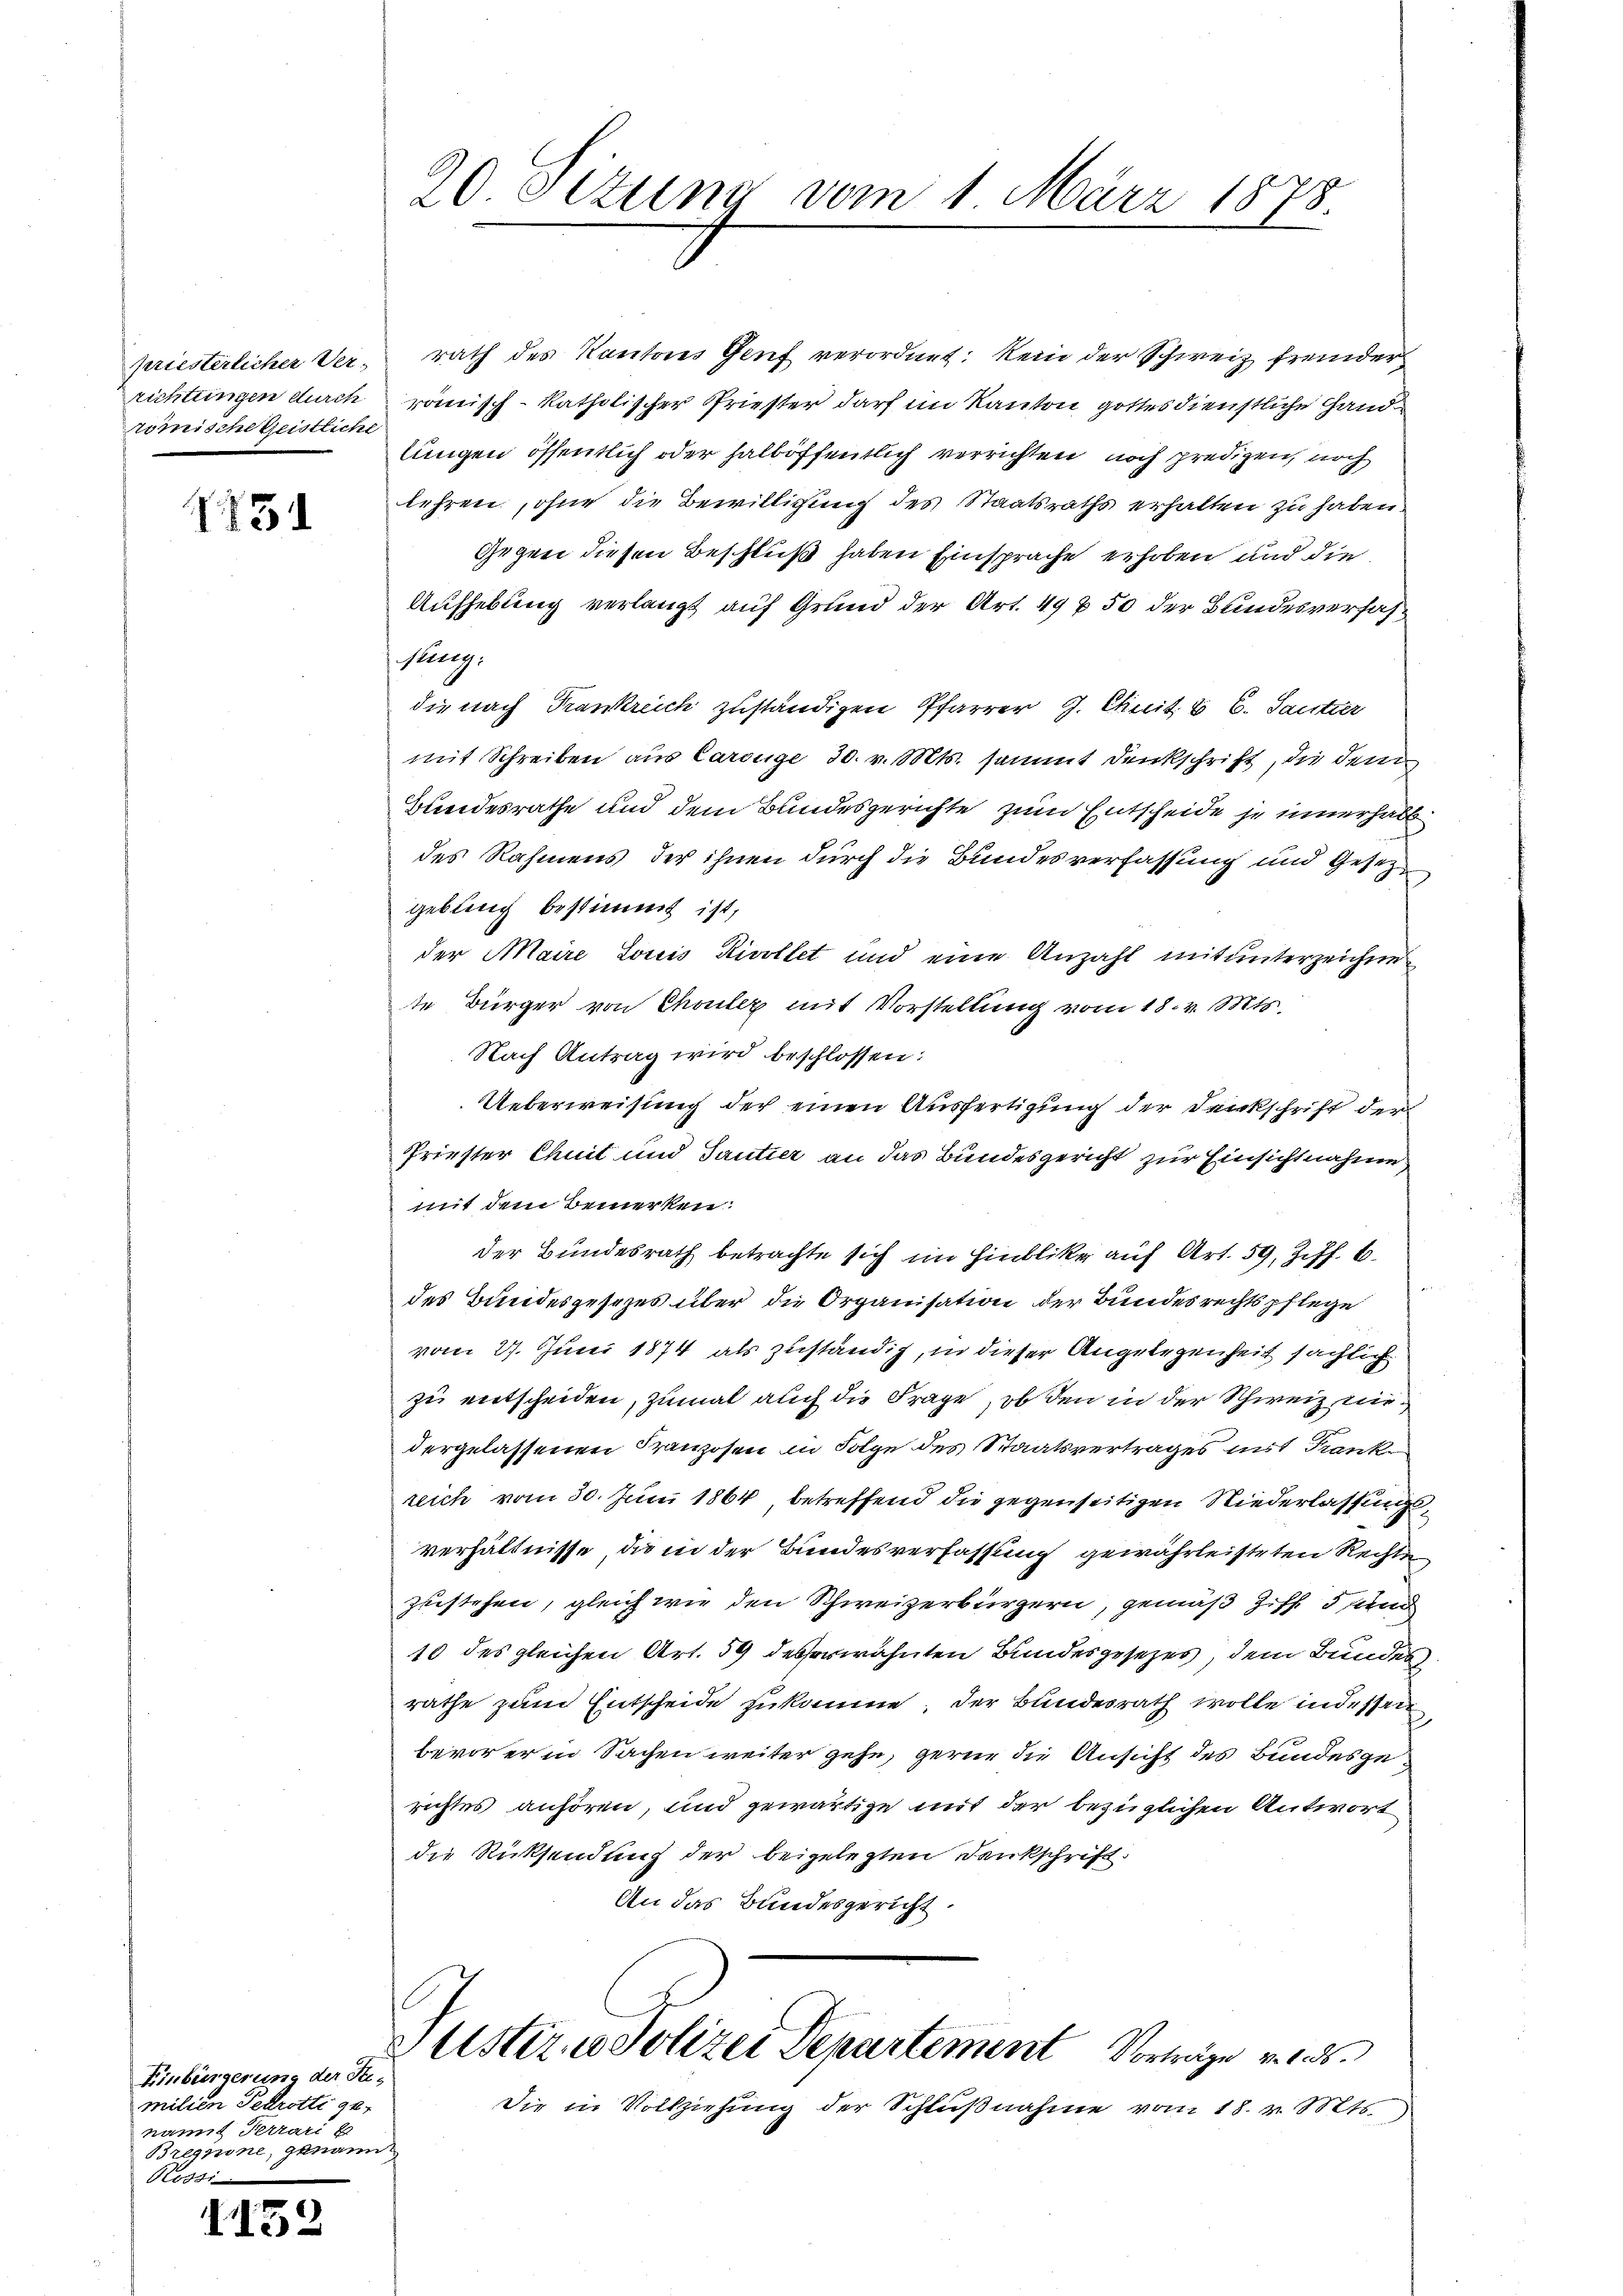
priesterlicher Ver-
richtungen durch
römische Geistliche

75

Einbürgerung der Jumilien Petrotte genannt Terrari be
Brenne, genann
Rossi

II52

20 Sizung vom 1. März 1878.

rath des Kantons Genf verordnet: Kein der Schweiz fremder
römisch-katholischer Priester darf im Kanton gottesdienstliche Handlungen öffentlich oder halböffentlich verrichten, noch predigen, noch
lehren, ohne die Bewilligung des Staatsraths erhalten zu haben.
Gegen diesen Beschluß haben Einsprache erhoben und die
Aufhebung verlangt auf Grund der Art. 49 f 50 der Bundesverfasstung:
die nach Frankreich zuständigen Pfarrer G. Chuit. B C. Santier
mit Schreiben aus Carouge, 30. v. Mts. sammt denkschrift, die dem
Bundesrathe und dem Bundesgerichte zum Entscheide je innerhalb
des Rahmens der ihnen durch die Bundesverfassung und Gesetz
gebung bestimmt ist,
der Maire Louis Rivollet und eine Anzahl mit unterzeichnete Bürger von Chouler mit Vorstellung vom 18. v. Mts.
Nach Antrag wird beschlossen:
Ueberweisung der einen Ausfertigung der Denkschrift der
Priester Chuit und Tantier an das Bundesgericht zur Einsichtnahme
mit dem Bemerken:
der Bundesrath betrachte sich im Hinblike auf Art. 59, Ziff. 6.
des Bundesgesezes über die Organisation der Bundesrechtspflege
vom 27. Juni 1874 als zuständig, in dieser Angelegenheit sächlich
zu entscheiden, zumal auch die Frage, ob den in der Schweiz niedergelassenen Franzosen in Folge des Staatsvertrages mit Franke
reich vom 30. Juni 1864 betreffend die gegenseitigen Niederlassung
verhältnisse, die in der Bundesverfassung gewährleisteten Rechte
zustehen, gleich wie den Schweizerbürgern, gemäß Ziff. 5 und
10 des gleichen Art. 59 desserwähnten Bundesgesezes, dem Bundesrathe zum Entscheide zukomme, der Bundesrath wolle indessen
bevor er in Sachen weiter gehe, gerne die Ansicht des Bundesgerichtes anhören, und gewärtige mit der bezüglichen Antwort
die Rücksendung der beigelegten Dankschrift.
An das Bundesgericht.
Justiz u. Polizei Departement Vorträge v. 18
Die in Vollziehŭng der Schlŭβnahme vom 18. v. Mts.